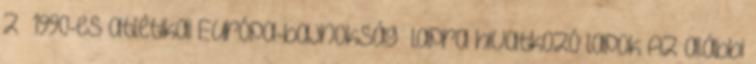
z „1990-es atlétikai Európa-bajnokság” lapra hivatkozó lapok Az alábbi